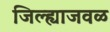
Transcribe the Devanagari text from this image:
जिल्ह्याजवळ